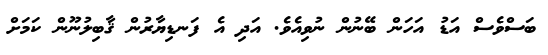
ބަސްވެސް އަޑު އަހަން ބޭނުން ނުވިއެވެ. އަދި އެ ފަނޑިޔާރުން ޤާބިލުނޫން ކަމަށް